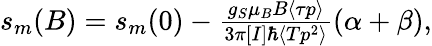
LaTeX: \begin{array}{r}{s_{m}(B)=s_{m}(0)-\frac{g_{S}\mu_{B}B\langle\tau p\rangle}{3\pi[I]\hbar\langle Tp^{2}\rangle}(\alpha+\beta),}\end{array}